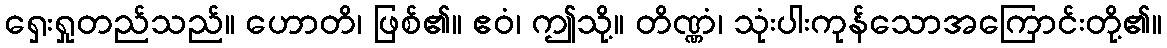
ရှေးရှုတည်သည်။ ဟောတိ၊ ဖြစ်၏။ ဧဝံ၊ ဤသို့။ တိဏ္ဏံ၊ သုံးပါးကုန်သောအကြောင်းတို့၏။